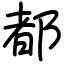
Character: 都